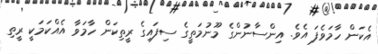
އެކަން ހާމަވެފަ އެވެ. އިންސާނުންގެ މޫނުމަތީގެ ސިފައިގެ ރީތިކަން ހާމަވާ އެއްކަމަކީ ރީތި